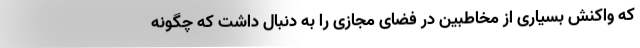
که واکنش بسیاری از مخاطبین در فضای مجازی را به دنبال داشت که چگونه